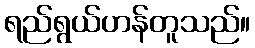
ရည်ရွယ်ဟန်တူသည်။